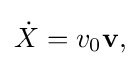
{\dot {X}}=v_{0}{\bf {v,}}